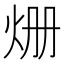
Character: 𤇒